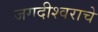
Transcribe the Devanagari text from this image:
जगदीश्वराचे